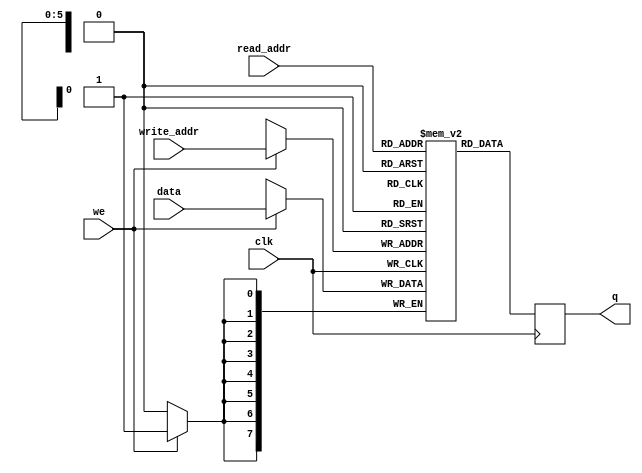
   module dpram #(parameter ADDR_WIDTH=6 ,DATA_WIDTH=8) (
   input [(DATA_WIDTH-1):0] data,
   input [(ADDR_WIDTH-1):0] read_addr,
   input [(ADDR_WIDTH-1):0] write_addr,
   input we,
   input clk,
   output [(DATA_WIDTH-1):0] q  
   );
   reg [DATA_WIDTH-1:0] ram[2**ADDR_WIDTH-1:0];
   reg [(DATA_WIDTH-1):0] q_out;
   always @ (posedge clk) begin
     if (we)
        ram[write_addr] <= data;
     q_out <= ram[read_addr]; // read old data!
   end
   assign q = q_out ;
   endmodule